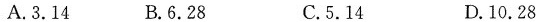
A.3.14 B.6.28 C.5.14 D.10.28